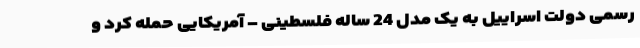
رسمی دولت اسراییل به یک مدل 24 ساله فلسطینی – آمریکایی حمله کرد و